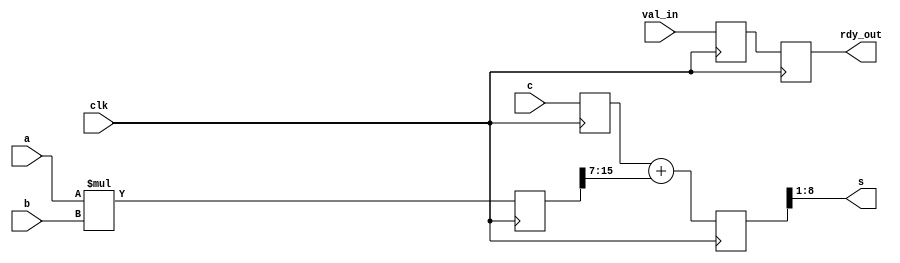

module mult_add(
input signed [7:0] a,b,c,
input clk,
input val_in,
output signed [7:0] s,
output reg rdy_out
);

	// Val in shift reg
	reg [0:1] shift_reg;
	reg signed [15:0] mult_s;
	wire signed [8:0] mult_s_trunc;
	reg signed [7:0] c_pipe;
	reg signed [9:0] result;
	
	assign mult_s_trunc = mult_s[15:15-8];

	always@(posedge clk)
	begin
		{shift_reg[1],rdy_out} <= {val_in,shift_reg[1]};
		mult_s <= (a*b);
		c_pipe <= c;
		result <= (c_pipe + mult_s_trunc);
	end
	
	assign s = result[8:8-7];	

endmodule